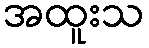
အထူးသ